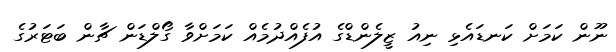
ނޫން ކަމަށް ކަނޑައެޅި ނިއު ޒީލެންޑްގެ އުފެއްދުމެއް ކަމަށްވާ ގޯލްޑަން ޗާން ބަޓަރުގެ